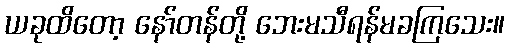
ယခုထိတော့ နော်တန်တို့ ဘေးမသီရန်မခကြသေး။